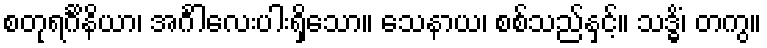
စတုရင်္ဂိနိယာ၊ အင်္ဂါလေးပါးရှိသော။ သေနာယ၊ စစ်သည်နှင့်။ သဒ္ဓိံ၊ တကွ။